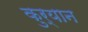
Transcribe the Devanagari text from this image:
कुर्यान